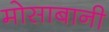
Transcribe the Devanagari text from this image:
मोसाबानी